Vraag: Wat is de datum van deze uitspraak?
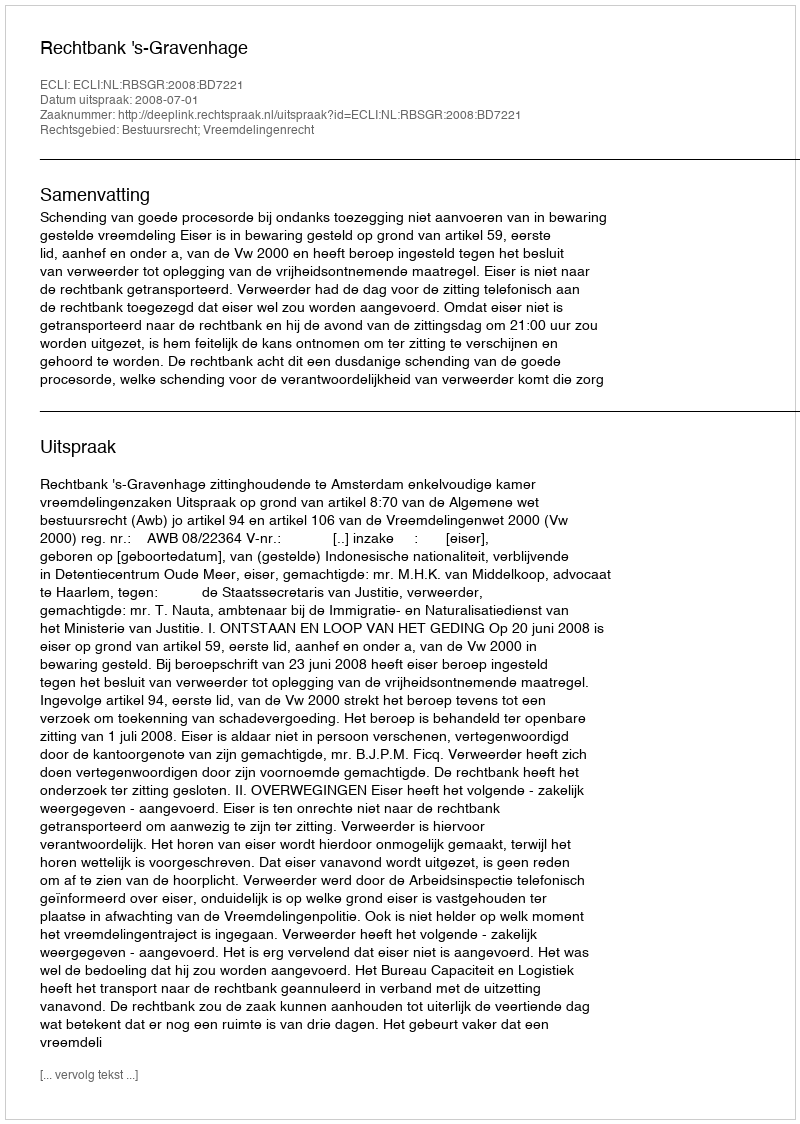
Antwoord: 2008-07-01